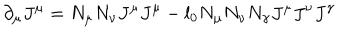
\partial _ { \mu } J ^ { \mu } = N _ { \mu } N _ { \nu } J ^ { \mu } J ^ { \mu } - l _ { 0 } N _ { \mu } N _ { \nu } N _ { \gamma } J ^ { \mu } J ^ { \nu } J ^ { \gamma }